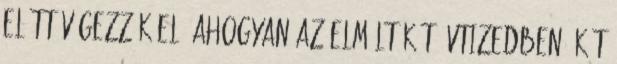
előtt végezzük el. Ahogyan az elmúlt két évtizedben. Két